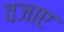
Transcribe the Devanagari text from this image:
वजाए